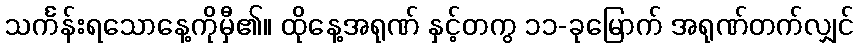
သင်္ကန်းရသောနေ့ကိုမှီ၏။ ထိုနေ့အရုဏ် နှင့်တကွ ၁၁-ခုမြောက် အရုဏ်တက်လျှင်